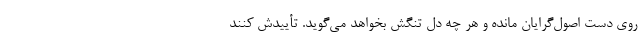
روی دست اصول‌گرایان مانده و هر چه دل تنگش بخواهد می‌گوید. تأییدش کنند